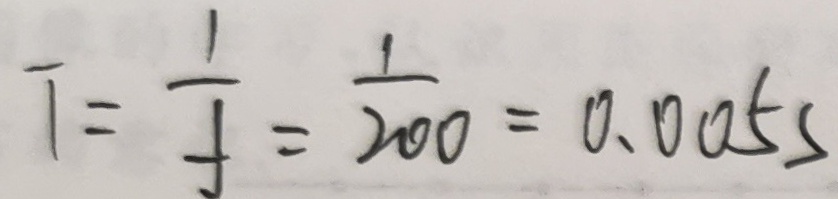
T = \frac { 1 } { f } = \frac { 1 } { 2 0 0 } = 0 . 0 0 5 s